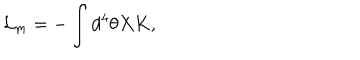
LaTeX: { \cal L } _ { m } = - \int d ^ { 4 } \theta X K ,